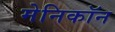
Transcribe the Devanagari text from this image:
मेनिकॉन